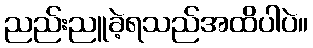
ညည်းညူခဲ့ရသည်အထိပါပဲ။